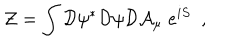
{ \cal Z } = \int { \cal D } \psi ^ { * } { \cal D } \psi { \cal D } { \cal A } _ { \mu } \; e ^ { i S } \ \ ,